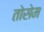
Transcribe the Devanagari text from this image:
तोसेम